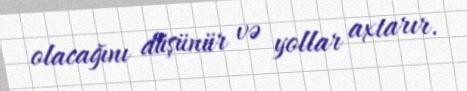
olacağını düşünür və yollar axtarır.